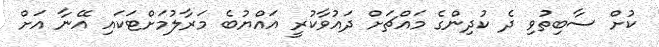
ކުށް ސާބިތުވި ދެ ކުދިންގެ މައްޗަށް ދައުވާކުރީ އައްޔުބެ މަރާލުމަށްޓަކައި އޭނާ އަށް